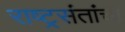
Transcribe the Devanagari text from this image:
राष्ट्रसंतांची